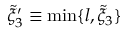
\tilde { \xi } _ { 3 } ^ { \prime } \equiv \operatorname* { m i n } \{ l , \tilde { \xi } _ { 3 } \}